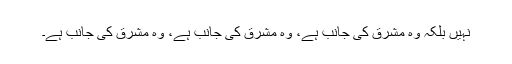
نہیں بلکہ وہ مشرق کی جانب ہے، وہ مشرق کی جانب ہے، وہ مشرق کی جانب ہے۔